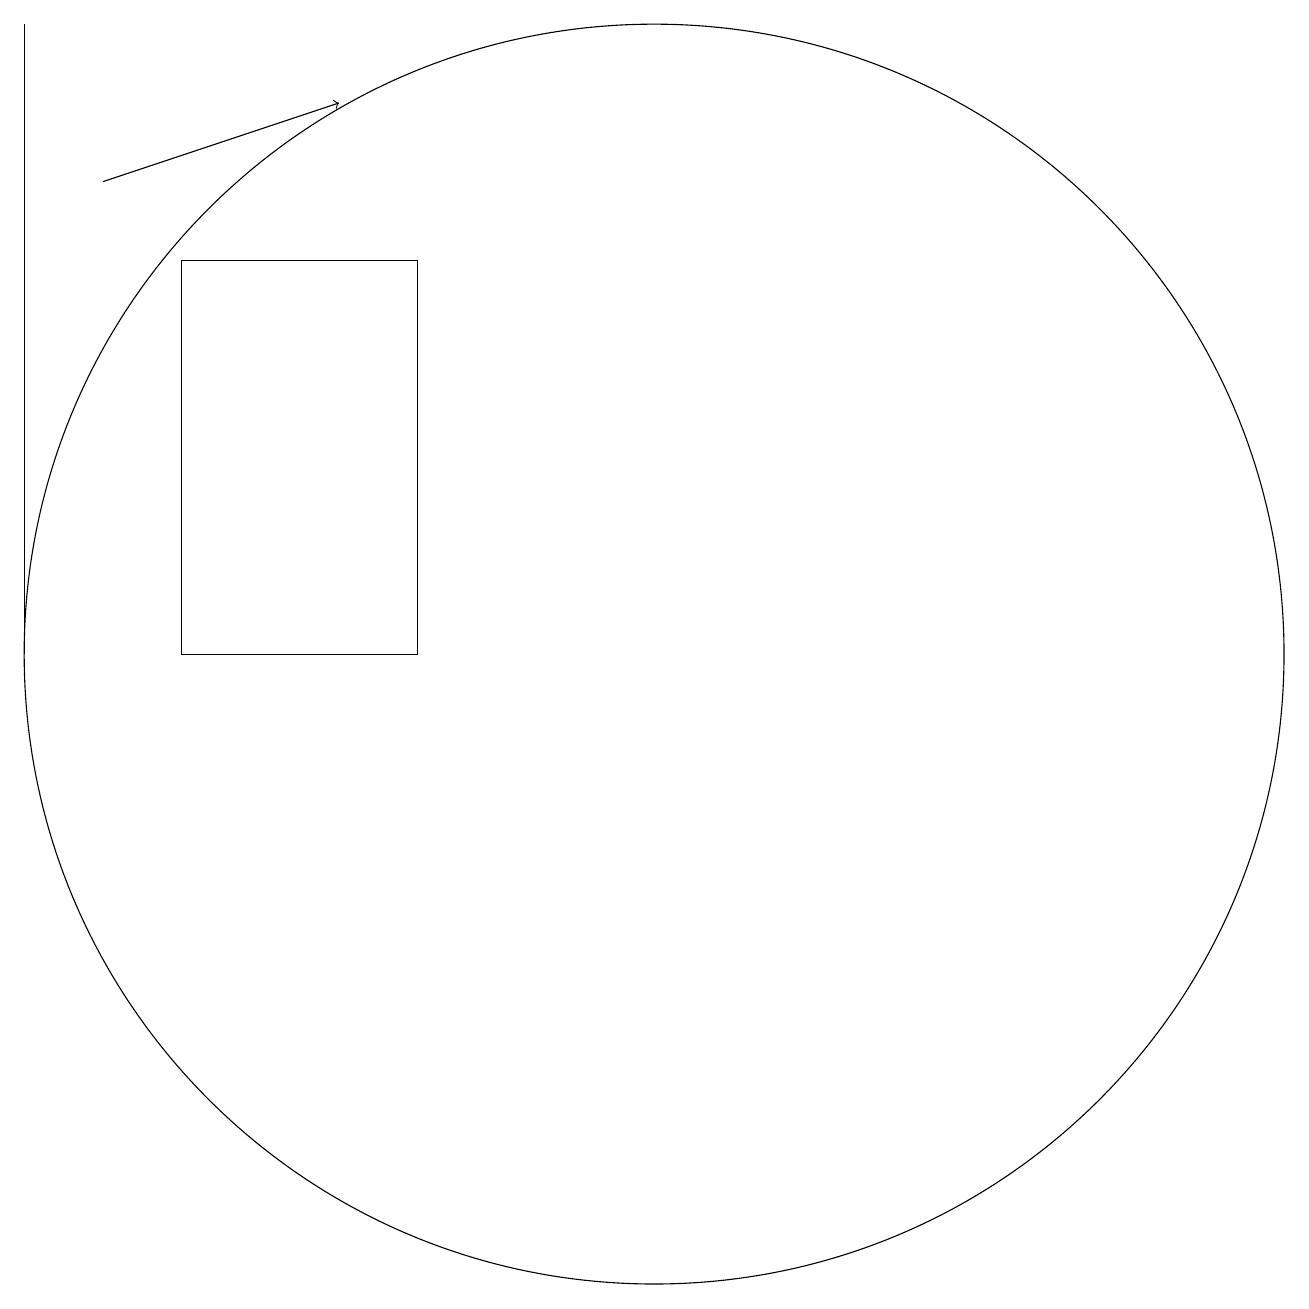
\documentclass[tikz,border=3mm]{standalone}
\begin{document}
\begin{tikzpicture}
\draw (10,10) circle (8);
\draw (4,10) rectangle (7,15);
\draw[->] (3,16) -- (6,17);
\draw (2,10) rectangle (2,18);
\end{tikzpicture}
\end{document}